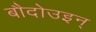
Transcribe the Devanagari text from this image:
बौदोउइन्